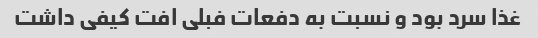
غذا سرد بود و نسبت به دفعات فبلی افت کیفی داشت